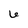
Character: 6